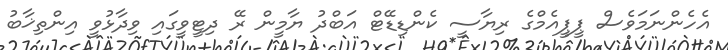
އެހެންނަމަވެސް ޕީޕީއެމްގެ ރިޔާސީ ކެންޑިޑޭޓް އަބްދު ޔާމީން ރޭ ދިޓީވީގައި ވިދާޅުވީ އިންތިޚާބު